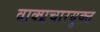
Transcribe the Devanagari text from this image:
वाक्प्रचारयुक्त